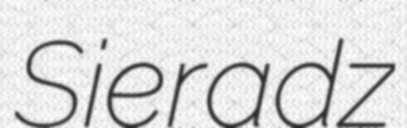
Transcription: Sieradz